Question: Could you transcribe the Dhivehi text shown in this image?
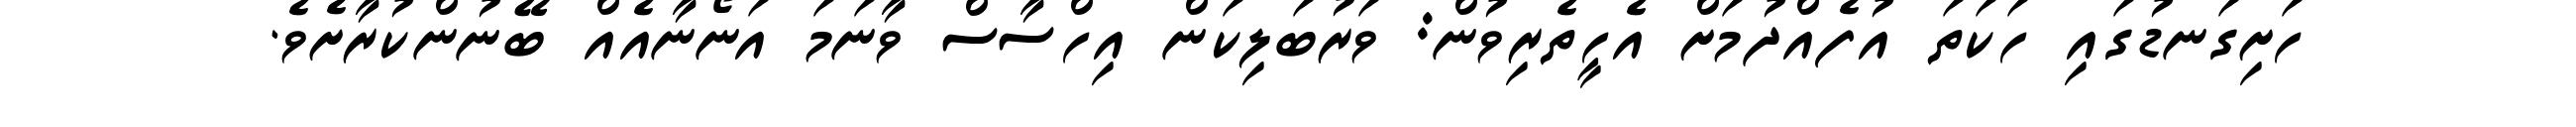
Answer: ހަށިގަނޑުގައި ހަކަތަ އުފެއްދުމަށް އެހީތެރިވުން: ވަރުބަލިކަން އިހްސާސް ވާނަމަ އަނޯނާއެއް ބޭނުންކުރާށެވެ.